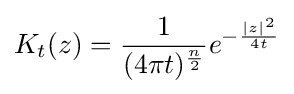
K_{t}(z)={\frac {1}{(4\pi t)^{\frac {n}{2}}}}e^{-{\frac {|z|^{2}}{4t}}}